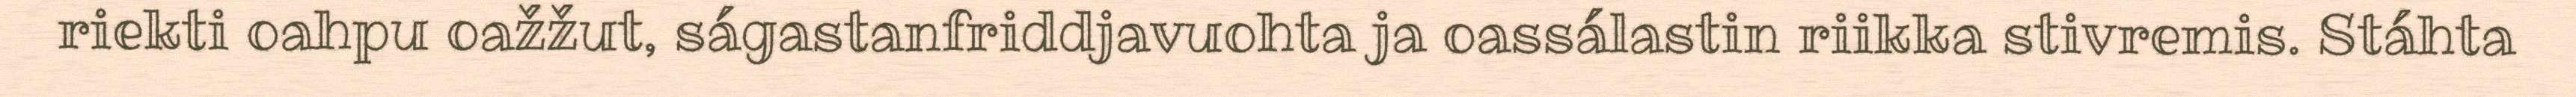
riekti oahpu oažžut, ságastanfriddjavuohta ja oassálastin riikka stivremis. Stáhta